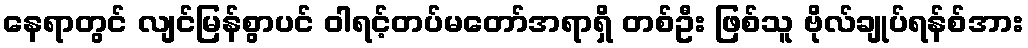
နေရာတွင် လျင်မြန်စွာပင် ဝါရင့်တပ်မတော်အရာရှိ တစ်ဦး ဖြစ်သူ ဗိုလ်ချုပ်ရန်စ်အား